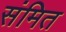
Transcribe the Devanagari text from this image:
संमित